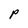
Character: P